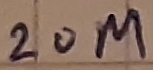
Text: 20M